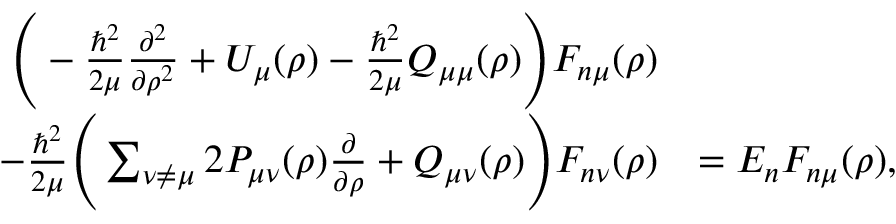
\begin{array} { r l } { \Bigg ( - \frac { \hbar ^ { 2 } } { 2 \mu } \frac { \partial ^ { 2 } } { \partial \rho ^ { 2 } } + U _ { \mu } ( \rho ) - \frac { \hbar ^ { 2 } } { 2 \mu } Q _ { \mu \mu } ( \rho ) \Bigg ) F _ { n \mu } ( \rho ) } & { } \\ { - \frac { \hbar ^ { 2 } } { 2 \mu } \Bigg ( \sum _ { \nu \neq \mu } 2 P _ { \mu \nu } ( \rho ) \frac { \partial } { \partial \rho } + Q _ { \mu \nu } ( \rho ) \Bigg ) F _ { n \nu } ( \rho ) } & { = E _ { n } F _ { n \mu } ( \rho ) , } \end{array}